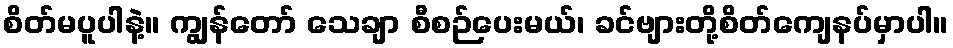
စိတ်မပူပါနဲ့။ ကျွန်တော် သေချာ စီစဉ်ပေးမယ်၊ ခင်ဗျားတို့စိတ်ကျေနပ်မှာပါ။